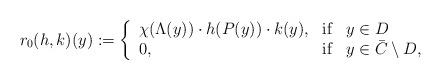
LaTeX: \begin{align*}r_0(h,k)(y):=\left\{ \begin{array}{lcl}\chi(\Lambda(y)) \cdot h(P(y)) \cdot k(y), & \mbox{if} & y \in D \\0, & \mbox{if} & y \in \bar{C} \setminus D, \end{array} \right.\end{align*}